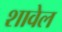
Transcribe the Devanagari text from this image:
शावेल